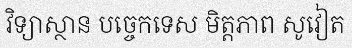
វិទ្យាស្ថាន បច្ចេកទេស មិត្តភាព សូវៀត